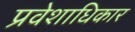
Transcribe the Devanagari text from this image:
प्रवेशाधिकार